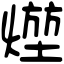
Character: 𤍣